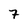
Character: 7